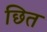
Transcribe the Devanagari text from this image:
छित